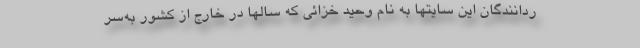
ردانندگان این سایتها به نام وحید خزائی که سالها در خارج از کشور به‌سر